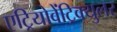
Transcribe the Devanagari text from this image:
एट्रियोवेंट्रिक्युलर